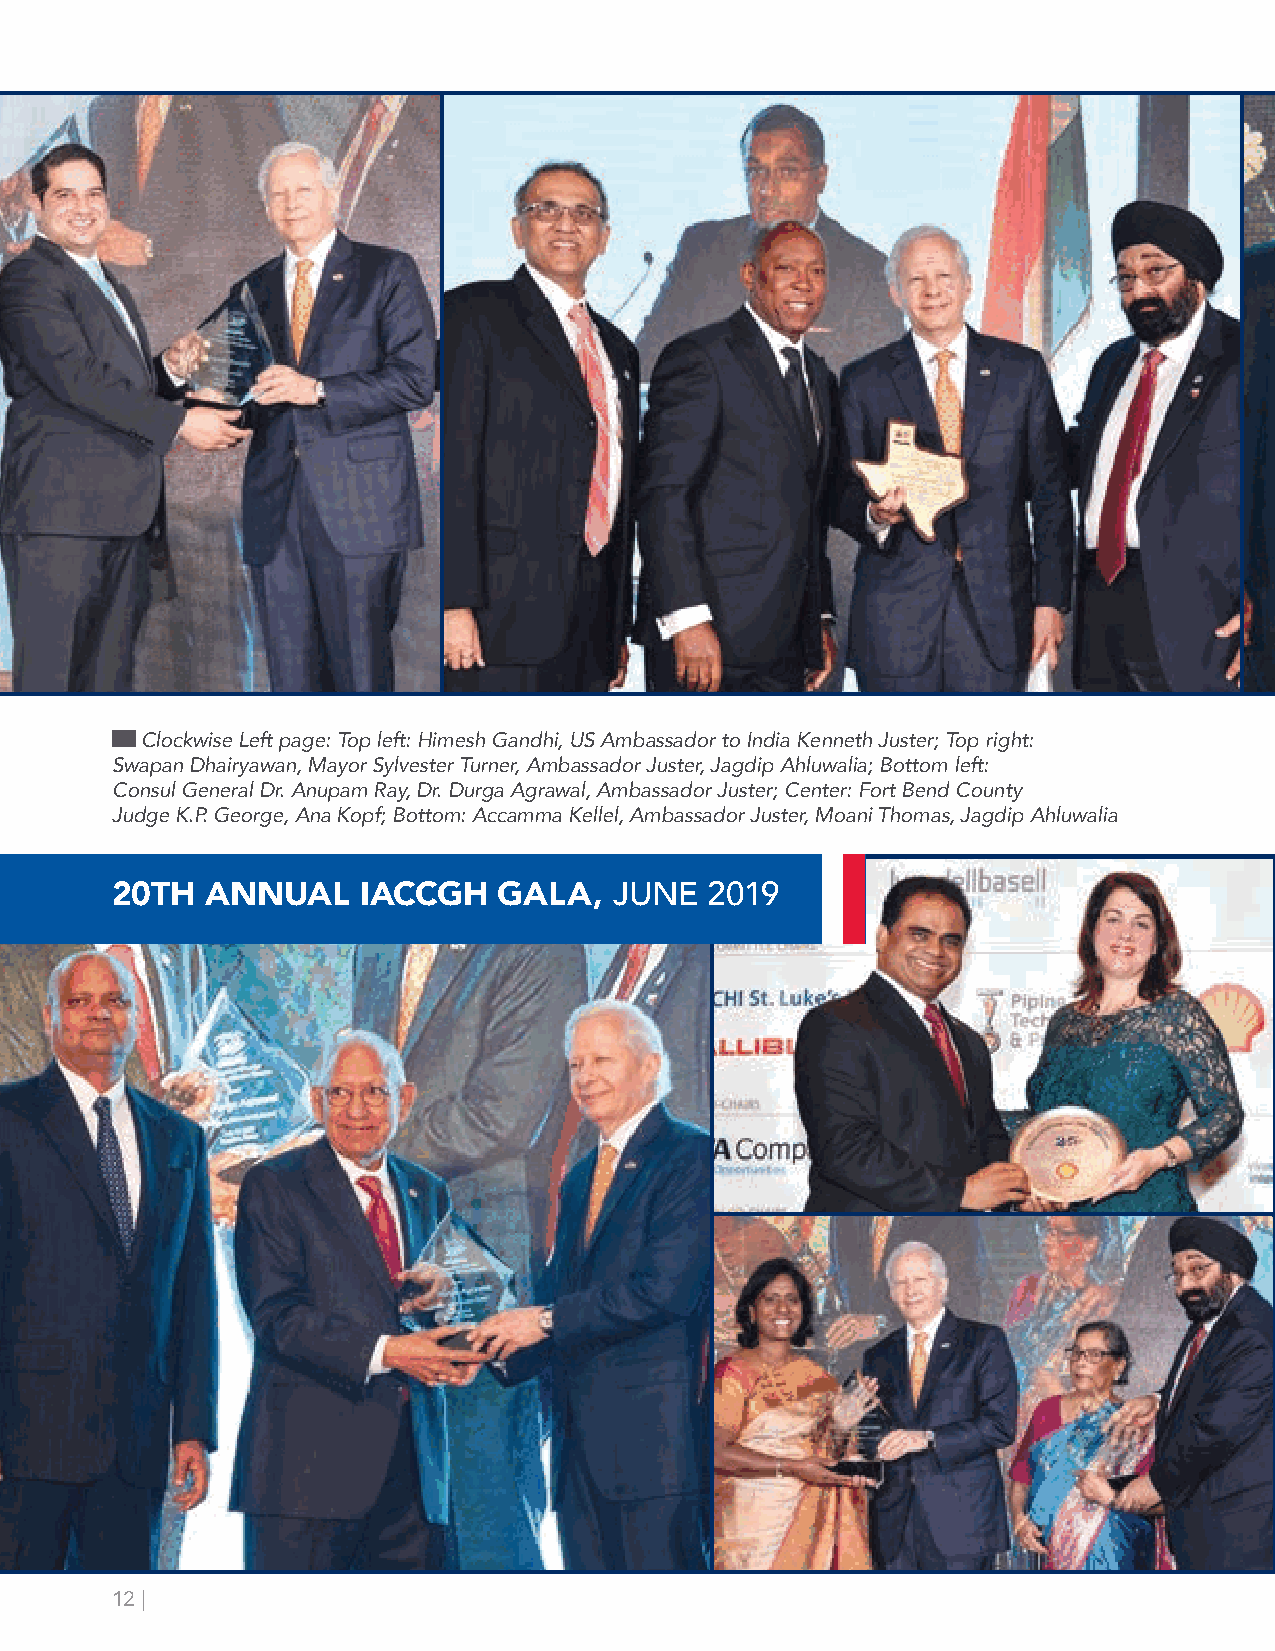
Clockwise Left page: Top left: Himesh Gandhi, US Ambassador to India Kenneth Juster; Top right:
 Swapan Dhairyawan, Mayor Sylvester Turner, Ambassador Juster, Jagdip Ahluwalia; Bottom left:
 Consul General Dr. Anupam Ray, Dr. Durga Agrawal, Ambassador Juster; Center: Fort Bend County
 Judge K.P. George, Ana Kopf; Bottom: Accamma Kellel, Ambassador Juster, Moani Thomas, Jagdip Ahluwalia
 20TH   ANNUAL    IACCGH   GALA,   JUNE  2019
 12 |